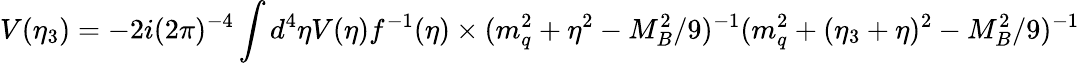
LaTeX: V(\eta_{3})=-2i(2\pi)^{-4}\int d^{4}\eta V(\eta)f^{-1}(\eta)\times(m_{q}^{2}+\eta^{2}-M_{B}^{2}/9)^{-1}(m_{q}^{2}+(\eta_{3}+\eta)^{2}-M_{B}^{2}/9)^{-1}